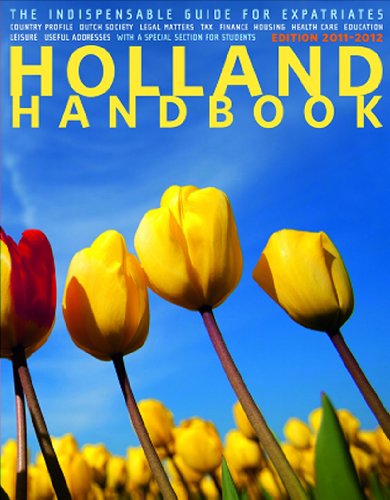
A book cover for The Holland Handbook: The Indispensable Guide for Expatriates; Stephanie Dijkstra; Travel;